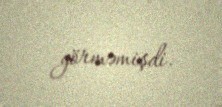
görməmişdi.